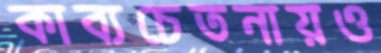
কাব্যচেতনায়ও